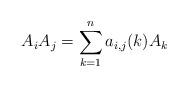
LaTeX: \begin{align*}A_{i}A_{j} = \sum_{k=1}^{n} a_{i,j}(k)A_{k} \\\end{align*}